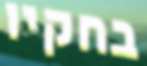
בחקיו